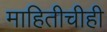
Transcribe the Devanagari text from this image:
माहितीचीही